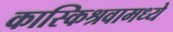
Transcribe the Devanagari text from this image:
कास्किश्रवामध्ये